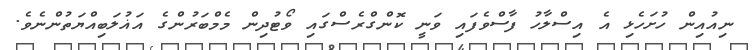
ނިއުއިން ހުށަހެޅި އެ އިސްލާހު ފާސްވެފައި ވަނީ ކޮންގްރެސްގައި ވޯޓުދިން މެމްބަރުންގެ އަޣުލަބިއްޔަތުންނެވެ.